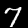
Label: 7